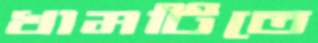
খামটিতে